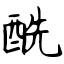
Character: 酰